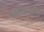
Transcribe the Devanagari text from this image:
डिक्शनरी।